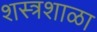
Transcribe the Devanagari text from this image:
शस्त्रशाळा